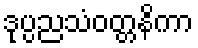
ဒုပ္ပညသံဝတ္တနိကာ